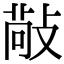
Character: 𢾠